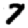
Digit: 7